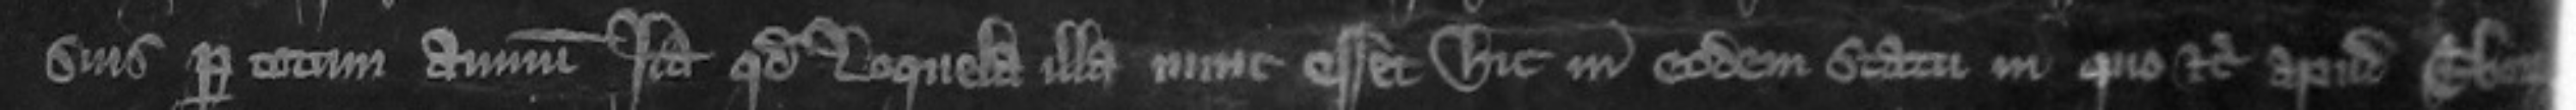
suis per totum annum ita quod loquela ilia nunc esset hic in eodem statu in quo etc apud Eboracum